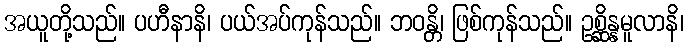
အယူတို့သည်။ ပဟီနာနိ၊ ပယ်အပ်ကုန်သည်။ ဘဝန္တိ၊ ဖြစ်ကုန်သည်။ ဥစ္ဆိန္နမူလာနိ၊